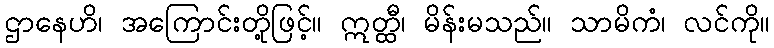
ဌာနေဟိ၊ အကြောင်းတို့ဖြင့်။ ဣတ္ထီ၊ မိန်းမသည်။ သာမိကံ၊ လင်ကို။